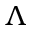
\Lambda